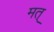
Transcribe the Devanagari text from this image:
मत्